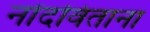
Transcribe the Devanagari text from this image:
नोंदविताना